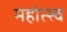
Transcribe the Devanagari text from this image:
महोत्स्व